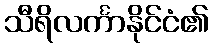
သီရိလင်္ကာနိုင်ငံ၏